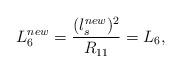
LaTeX: \begin{align*}L_{6}^{new}=\frac{(l_{s}^{new})^2}{R_{11}}=L_{6},\end{align*}